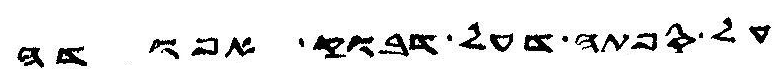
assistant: על ספתה דעל דבוק אפודה